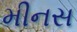
મીનસ